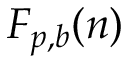
F _ { p , b } ( n )